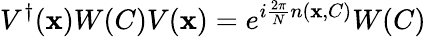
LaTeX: V^{\dagger}(\mathbf{x})W(C)V(\mathbf{x})=e^{i{\frac{{2\pi}}{{N}}}n(\mathbf{x},C)}W(C)